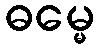
ဓမ္မေ